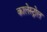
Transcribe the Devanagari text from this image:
कालेस्ट्रोल